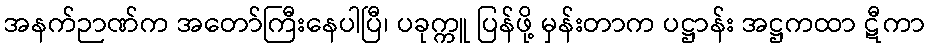
အနက်ဉာဏ်က အတော်ကြီးနေပါပြီ၊ ပခုက္ကူ ပြန်ဖို့ မှန်းတာက ပဋ္ဌာန်း အဋ္ဌကထာ ဋီကာ